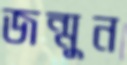
জন্মুন